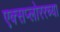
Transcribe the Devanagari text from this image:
एक्सप्लोररच्या